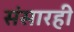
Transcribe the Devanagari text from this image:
संसारही